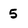
Character: 5